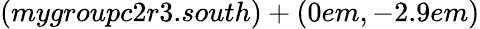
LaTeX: (mygroupc2r3.south)+(0em,-2.9em)